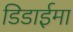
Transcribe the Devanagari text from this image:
डिडाईमा